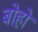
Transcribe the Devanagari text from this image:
बोहो